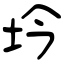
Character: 坅